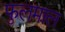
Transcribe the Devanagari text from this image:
फुलमाल